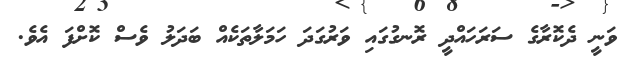
ވަނީ ދެކޮރާގެ ސަރަހައްދީ ރޮނގުގައި ވަރުގަދަ ހަމަލާތަކެއް ބަދަލު ވެސް ކޮށްފަ އެވެ.